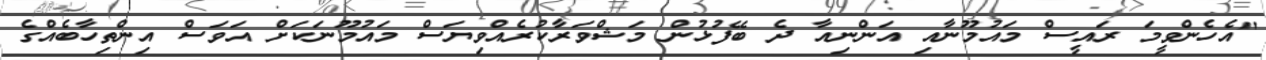
"އެހެންވީމަ ރައީސް މައުމޫނާއި އަންނިއާ ދެ ބޭފުޅުން މަޝްވަރާކުރެއްވިޔަސް މައުމޫނަކަށް އަވަސް އިންތިހާބެއްގެ